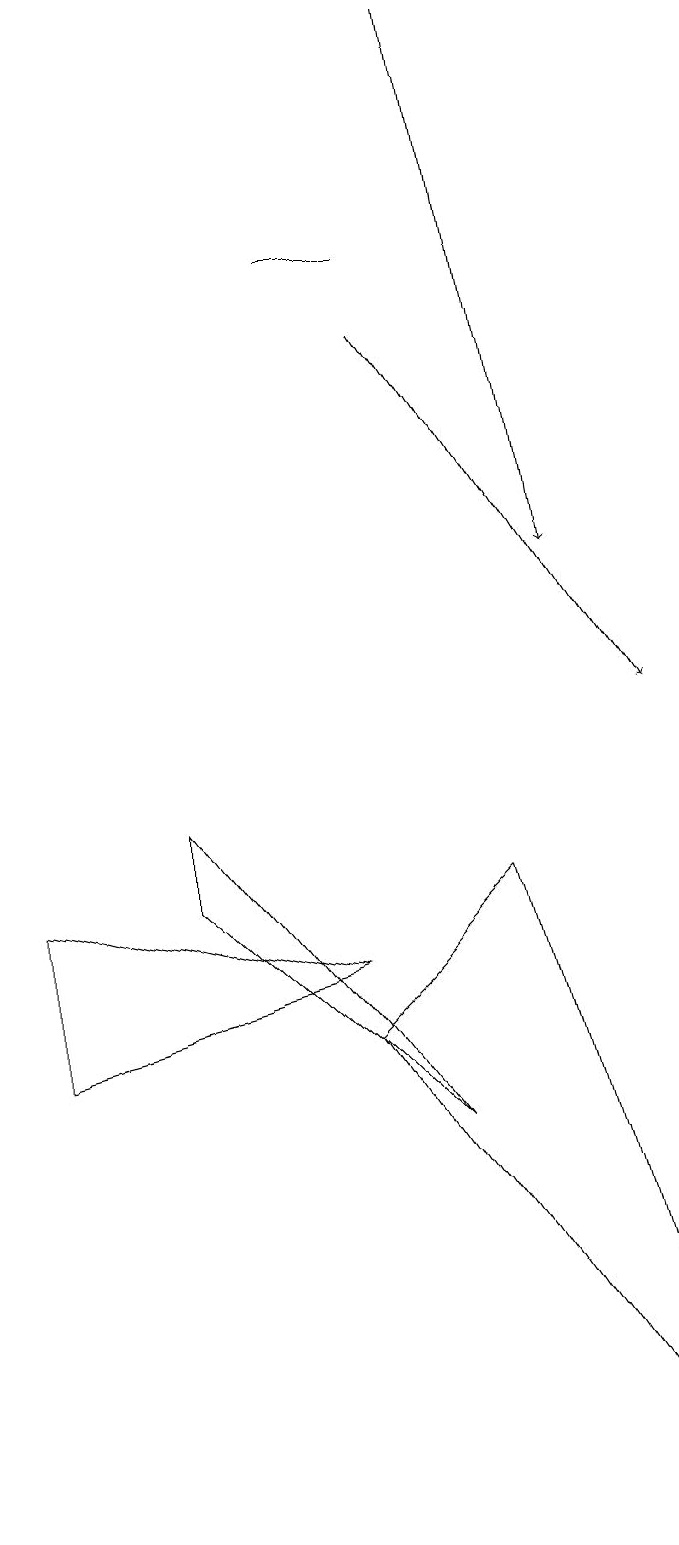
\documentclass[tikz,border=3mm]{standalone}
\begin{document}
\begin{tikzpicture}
\draw[->] (5,15) -- (8,10);
\draw (0,6) -- (0,8) -- (4,7) -- cycle;
\draw[->] (6,19) -- (7,12);
\draw (8,0) -- (6,8) -- (4,6) -- cycle;
\draw (2,9) -- (5,5) -- (2,8) -- cycle;
\draw (4,16) rectangle (5,16);
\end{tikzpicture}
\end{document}